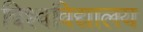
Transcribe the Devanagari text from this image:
विश्‍वविद्यालय